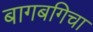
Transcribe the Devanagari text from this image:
बागबगिचा